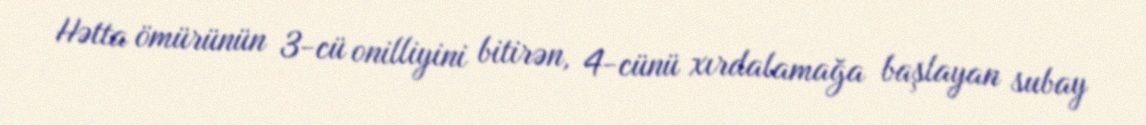
Hətta ömürünün 3-cü onilliyini bitirən, 4-cünü xırdalamağa başlayan subay